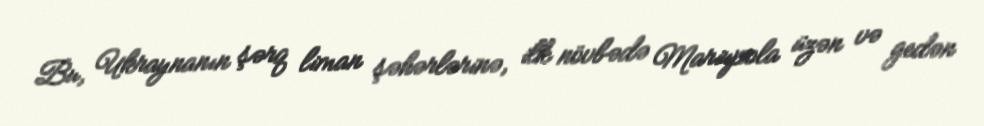
Bu, Ukraynanın şərq liman şəhərlərinə, ilk növbədə Mariupola üzən və gedən